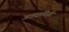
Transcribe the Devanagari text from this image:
अन्नदायिनी